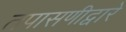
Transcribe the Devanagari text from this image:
तपासणीद्वारे